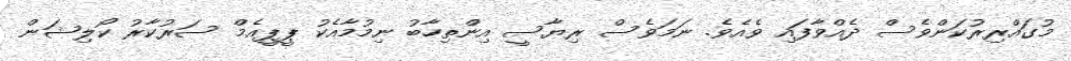
މުގައްރިރުކަންވެސް ދެއްވާފައި ވެއެވެ. ނަމަވެސް ރިޔާސީ އިންތިހާބު ނިމުމާއެކު ޕީޕީއެމް ސަރުކާރު ކޯލިޝަން